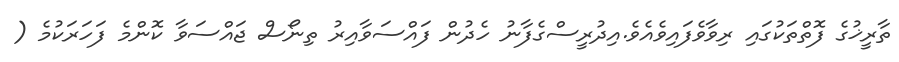
ތާރީޚުގެ ފޮތްތަކުގައި ރިވާވެފައިވެއެވެ.އިދުރީސްގެފާނު ހެދުން ފައްސަވާއިރު ތިނޯސް ޖައްސަވާ ކޮންމެ ފަހަރަކުމެ (